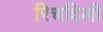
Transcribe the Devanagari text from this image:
रिचविली